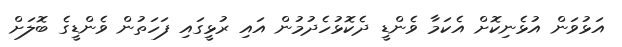
އަޅުވަން އުޅެނިކޮށް އެކަމާ ވެންޑީ ދެކޮޅުހެދުމުން އައި ރުޅީގައި ފަހަތުން ވެންޑީގެ ބޮލަށް